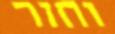
וחזר